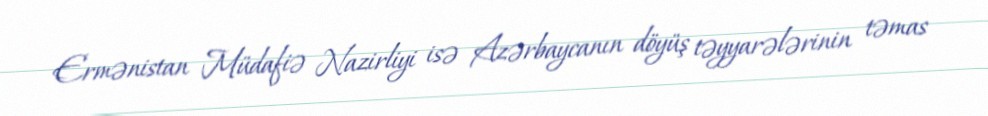
Ermənistan Müdafiə Nazirliyi isə Azərbaycanın döyüş təyyarələrinin təmas